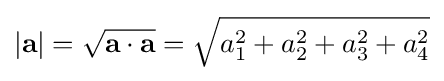
\left|\mathbf {a} \right|={\sqrt {\mathbf {a} \cdot \mathbf {a} }}={\sqrt {a_{1}^{2}+a_{2}^{2}+a_{3}^{2}+a_{4}^{2}}}